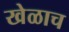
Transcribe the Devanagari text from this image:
खेळाच